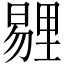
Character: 𪱁